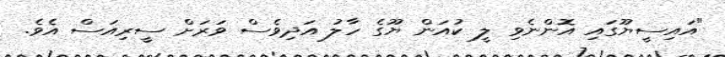
"އައިސީޔޫގައި އޮންނެވި ލީ ކުއަން ޔޫގެ ހާލު އަދިވެސް ވަރަށް ސީރިއަސް އެވެ.